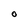
Character: O